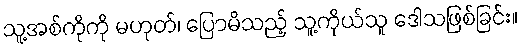
သူ့အစ်ကိုကို မဟုတ်၊ ပြောမိသည့် သူ့ကိုယ်သူ ဒေါသဖြစ်ခြင်း။